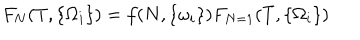
F _ { N } ( T , \{ \Omega _ { i } \} ) = f ( N , \{ \omega _ { i } \} ) F _ { N = 1 } ( T , \{ \Omega _ { i } \} )